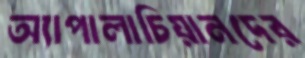
অ্যাপালাচিয়ানদের